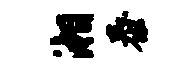
湘泰